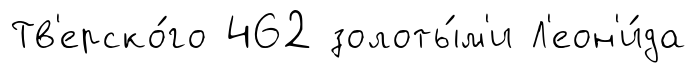
Тв'ерско́го 462 золоты́м'и Л'еон'и́да